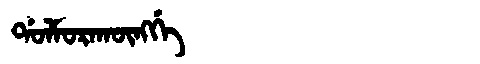
Manchu: ᡩᠣᠯᠮᠣᡵᠠᡴᡡᠩᡤᡝ
Romanization: DOLMORAKŪNGGE